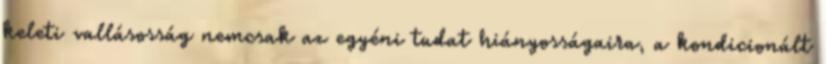
keleti vallásosság nemcsak az egyéni tudat hiányosságaira, a kondicionált